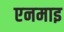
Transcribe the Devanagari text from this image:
एनमाइ